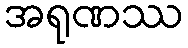
အရုဏဿ